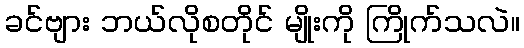
ခင်ဗျား ဘယ်လိုစတိုင် မျိုးကို ကြိုက်သလဲ။